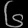
Digit: ၆